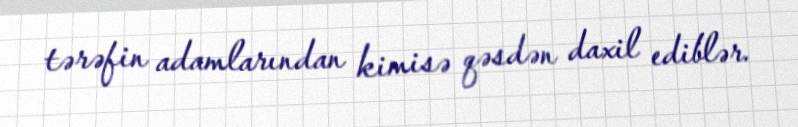
tərəfin adamlarından kimisə qəsdən daxil ediblər.